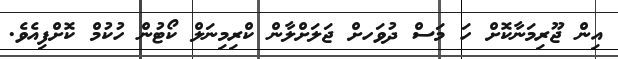
އިން ޖޫރިމަނާކޮށް ހަ މަސް ދުވަހށް ޖަލަށްލާން ކްރިމިނަލް ކޯޓުން ހުކުމް ކޮށްފިއެވެ.